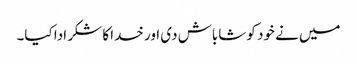
میں نے خود کو شاباش دی اور خدا کا شکر ادا کیا۔